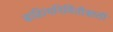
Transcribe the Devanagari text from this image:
साहित्यनिर्मितीसाठी